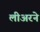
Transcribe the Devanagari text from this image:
लीअरने